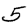
Digit: 5